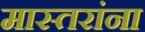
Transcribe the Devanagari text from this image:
मास्तरांना